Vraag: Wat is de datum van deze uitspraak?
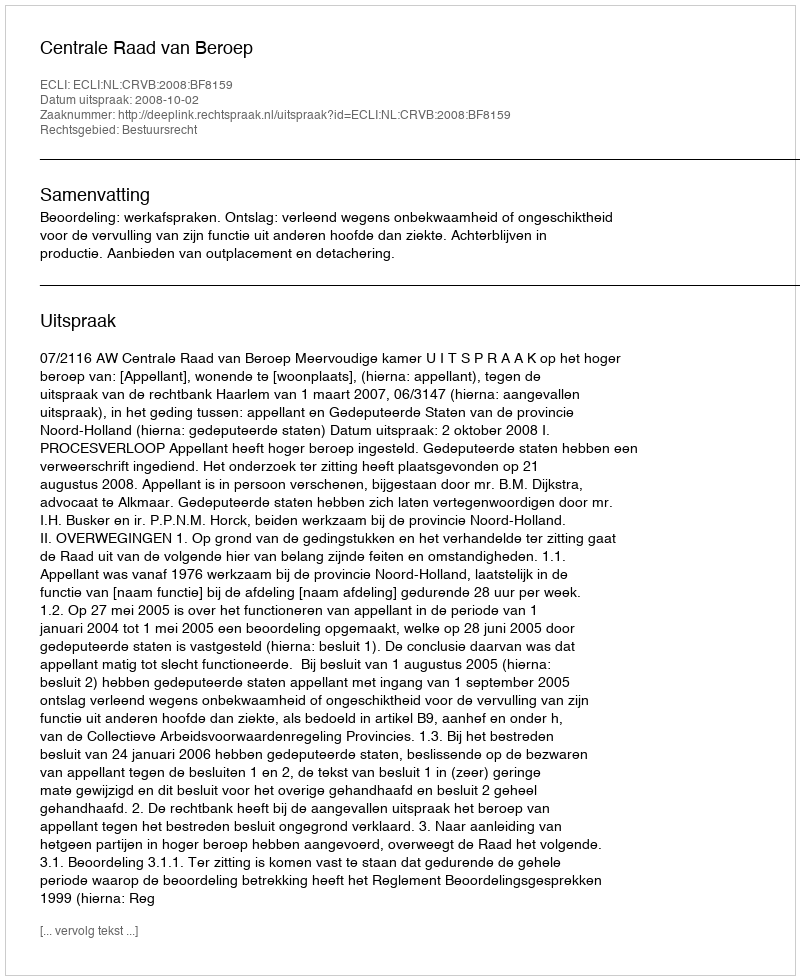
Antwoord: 2008-10-02